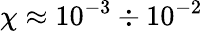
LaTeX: \chi\approx 10^{-3}\div 10^{-2}